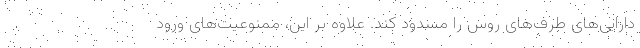
دارایی‌های طرف‌های روس را مسدود کند. علاوه بر این، ممنوعیت‌های ورود